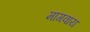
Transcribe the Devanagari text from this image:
मागवाय